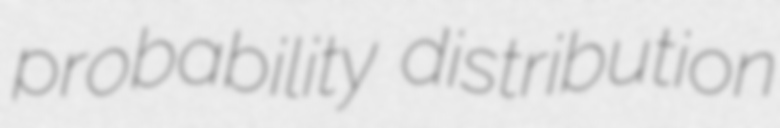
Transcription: probability distribution